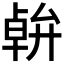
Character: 𠦷